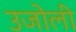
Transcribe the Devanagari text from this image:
उजोली